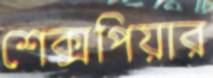
শেক্সপিয়ার